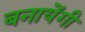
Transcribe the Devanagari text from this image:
बनायेंगी